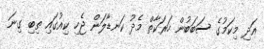
އަދި މިކަމުގެ ސަބަބުން ހަރަކާތް މެދު ކަނޑާލަން ޖެހި ކިއުގައި ތިބި ގިނަ